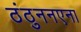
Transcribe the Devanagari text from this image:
ठंठुननएना